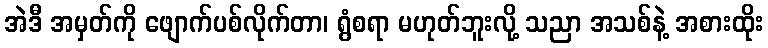
အဲဒီ အမှတ်ကို ဖျောက်ပစ်လိုက်တာ၊ ရွံစရာ မဟုတ်ဘူးလို့ သညာ အသစ်နဲ့ အစားထိုး